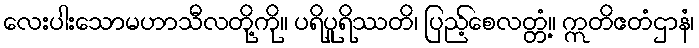
လေးပါးသောမဟာသီလတို့ကို။ ပရိပူရိဿတိ၊ ပြည့်စေလတ္တံ့။ ဣတိဧတံဌာနံ၊